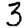
Digit: 3